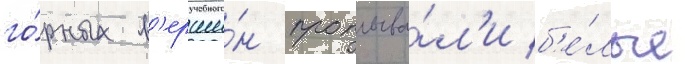
го́рных в'ерши́н проплыва́л'и б'е́лые